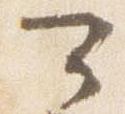
可